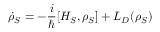
{ \dot { \rho } } _ { S } = - { \frac { i } { \hbar } } [ H _ { S } , \rho _ { S } ] + L _ { D } ( \rho _ { S } )